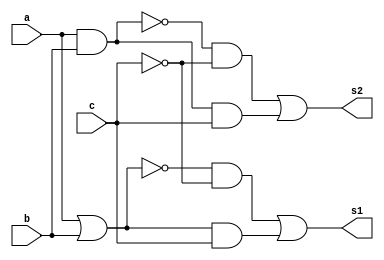
// -------------------------
// Exemplo0032 - F4
// Nome: Pedro Henrique Lima Pinheiro
// -------------------------
// -------------------------
// f4_gate
// -------------------------

module f4 (output s1, output s2, input  a, input  b, input c);
// descrever por portas
wire s3, s4, s5, s6, s7, s8, s9, s10, nc;

and AND1 (s6, a, b);
and AND2 (s7, s3, nc);
and AND3 (s8, s4, c);
and AND4 (s9, s5, nc);
and AND5 (s10, s6, c);

not NOT1 (nc, c);

or OR1 (s4, a, b);
//or OR2 (s1, s7, s8):         // corrigido
or OR2 (s1, s7, s8);
or OR3 (s2, s9, s10);

nor NOR1 (s3, a, b);

nand NAND1 (s5, a, b);

endmodule // f4

module test_f4;
// ------------------------- definir dados
reg [2:0] x;
wire z;
wire k;
f4 modulo (z, k, x[0], x[1], x[2]);
// ------------------------- parte principal
initial begin
$display("Exemplo0032 - Pedro Henrique Lima Pinheiro - 451605");
$display("Test LU's module");
x = 0;
// projetar testes do modulo
#1 $monitor("entradas : %3b %3b | Selecao: %3b | Saida: %3b , %3b",x[0],x[1],x[2],z,k);
    repeat (7) begin
	 #1 x = x+1;
	 end
end
endmodule // test_f4